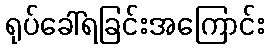
ရုပ်ခေါ်ရခြင်းအကြောင်း